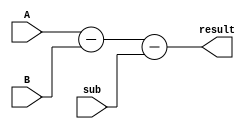
module ripple_carry_subtractor (
    input [7:0] A,
    input [7:0] B,
    input  sub,
    output [7:0] result
);

wire [7:0] diff;
wire [6:0] carry;

assign diff = A - B - sub;
assign result = diff;

assign carry[0] = ~A[0] & B[0] | (A[0] ^ B[0]) & sub;
assign carry[1] = ~A[1] & B[1] | (A[1] ^ B[1]) & carry[0];
assign carry[2] = ~A[2] & B[2] | (A[2] ^ B[2]) & carry[1];
assign carry[3] = ~A[3] & B[3] | (A[3] ^ B[3]) & carry[2];
assign carry[4] = ~A[4] & B[4] | (A[4] ^ B[4]) & carry[3];
assign carry[5] = ~A[5] & B[5] | (A[5] ^ B[5]) & carry[4];
assign carry[6] = ~A[6] & B[6] | (A[6] ^ B[6]) & carry[5];
assign carry[7] = ~A[7] & B[7] | (A[7] ^ B[7]) & carry[6];

endmodule